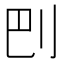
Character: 𠛋